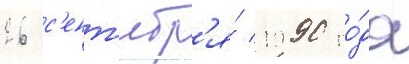
26 с'ент'ябр'я́ 1990 го́да